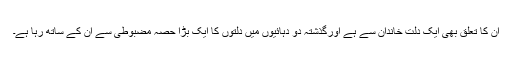
ان کا تعلق بھی ایک دلت خاندان سے ہے اورگذشتہ دو دہائیوں میں دلتوں کا ایک بڑا حصہ مضبوطی سے ان کے ساتھ رہا ہے۔